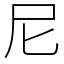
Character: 尼